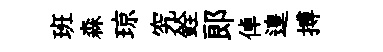
班森琼究銓郞倬遑搏